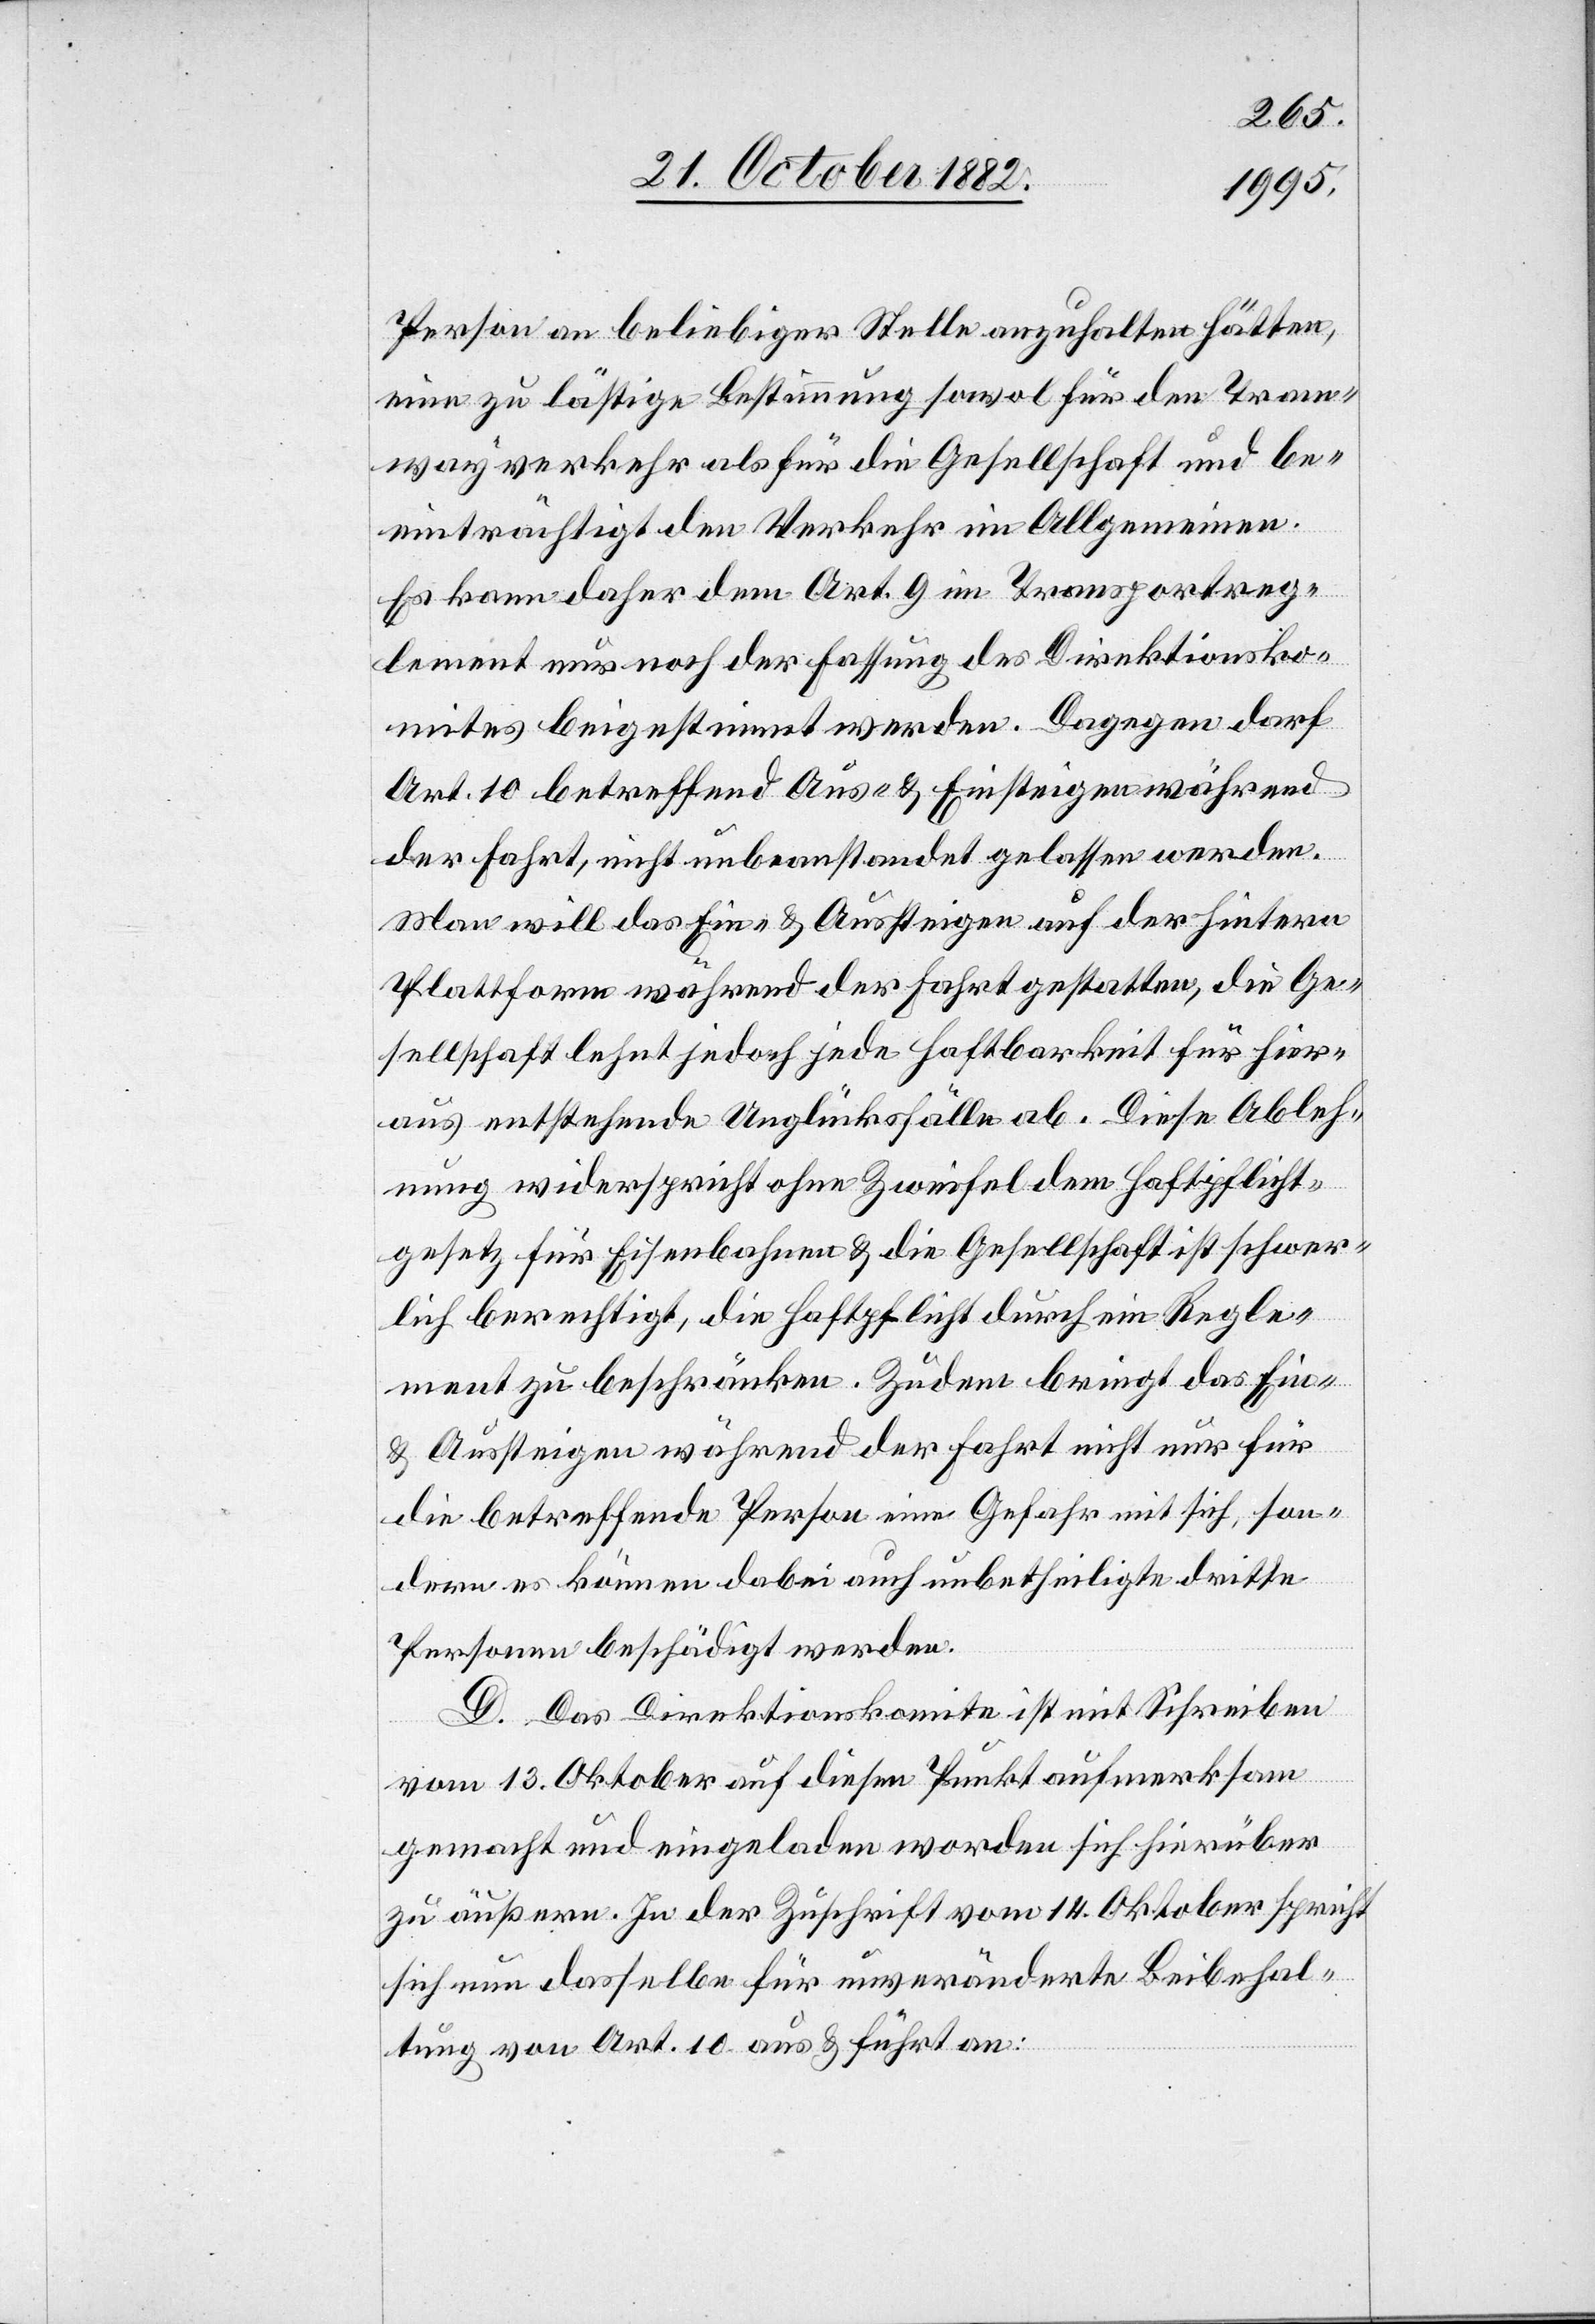
Person an beliebiger Stelle anzuhalten hätten,
eine zu lästige Bestimmung sowol für den Tram¬
wayverkehr als für die Gesellschaft und be¬
einträchtigt den Verkehr im Allgemeinen.
Es kann daher dem Art. 9 im Transportreg¬
lement nur noch der Fassung des Direktionsko¬
mites beigestimmt werden. Dagegen darf
Art. 10 betreffend Aus- & Einsteigen während
der Fahrt, nicht unbeanstandet gelassen werden.
Man will das Ein- & Aussteigen auf der hintern
Plattform während der Fahrt gestatten, die Ge¬
sellschaft lehnt jedoch jede Haftbarkeit für hier¬
aus entstehende Unglücksfälle ab. Diese Ableh¬
nung widerspricht ohne Zweifel dem Haftpflicht¬
gesetz für Eisenbahnen & die Gesellschaft ist schwer¬
lich berechtigt, die Haftpflicht durch ein Regle¬
ment zu beschränken. Zudem bringt das Ein-
& Aussteigen während der Fahrt nicht nur für
die betreffende Person eine Gefahr mit sich, son¬
dern es können dabei auch unbetheiligte dritte
Personen beschädigt werden.
D. Das Direktionskomite ist mit Schreiben
vom 13. Oktober auf diesen Punkt aufmerksam
gemacht und eingeladen worden sich hierüber
zu äußern. In der Zuschrift vom 14. Oktober spricht
sich nun dasselbe für unveränderte Beibehal¬
tung von Art. 10 aus & führt an: